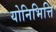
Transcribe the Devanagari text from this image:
योनिभित्ति